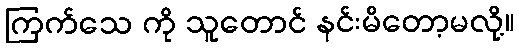
ကြက်သေ ကို သူတောင် နင်းမိတော့မလို့။